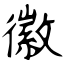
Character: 徽